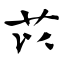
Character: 苡